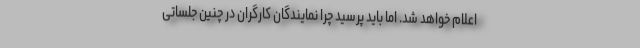
اعلام خواهد شد. اما باید پرسید چرا نمایندگان کارگران در چنین جلساتی